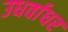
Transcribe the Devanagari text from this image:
उधर्वाधर